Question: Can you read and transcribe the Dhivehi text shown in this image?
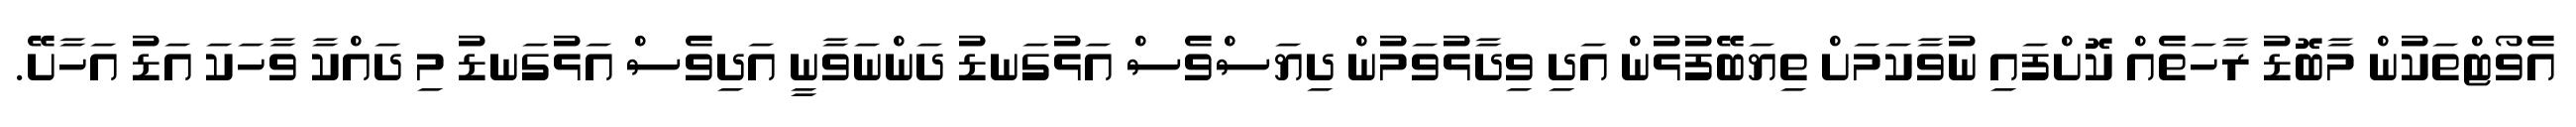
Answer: އެވޯޓްތަކުން މާބޮޑު ރާހަތެއް ކޮށްފައި ނުވާކަމަށް ތިޔަބޭފުޅުން އަދި ވިދާޅުވަމުން ދިޔަސްވެސް އަޅުގަނޑު ދަންނަވާނީ އަދިވެސް އަޅުގަނޑު މި ދައްކާ ވާހަކަ އަޑު އަހާށޭ.